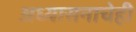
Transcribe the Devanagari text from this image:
अध्यासनाचेही